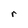
Character: r